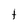
Character: t